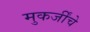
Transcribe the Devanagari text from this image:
मुकर्जींचे